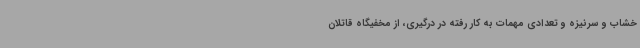
خشاب و سرنیزه و تعدادی مهمات به کار رفته در درگیری، از مخفیگاه قاتلان